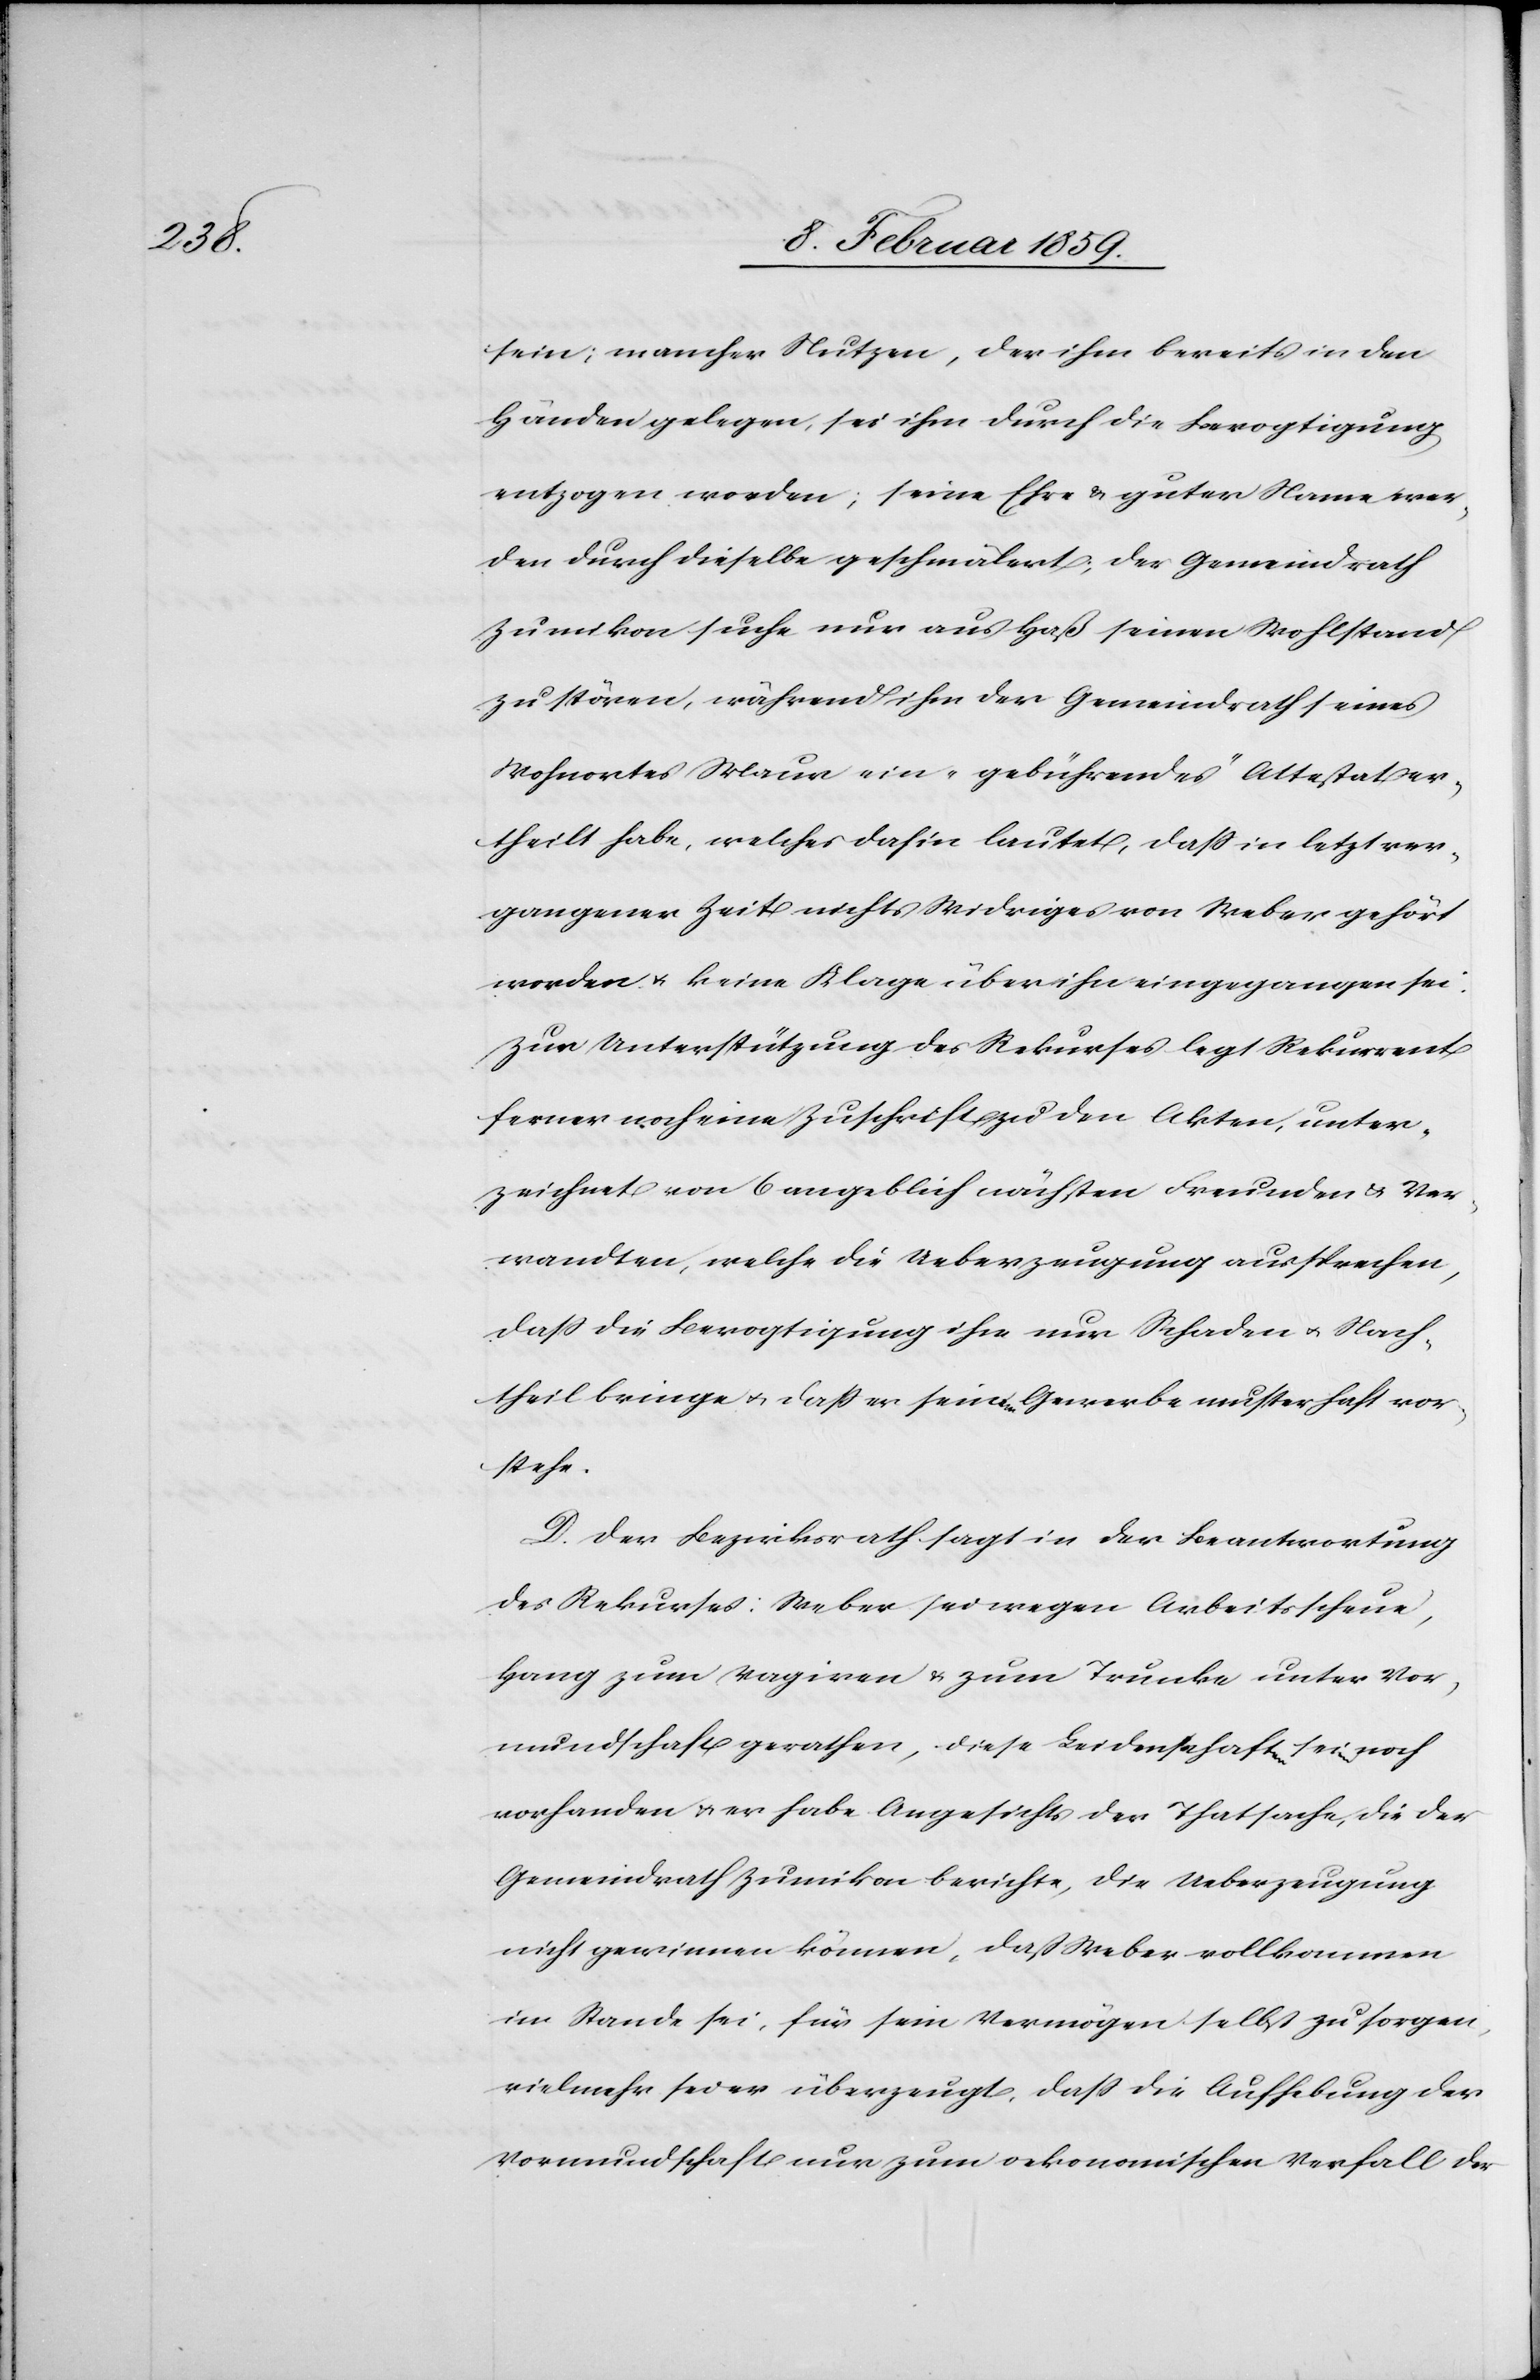
sein; mancher Nutzen, der ihm bereits in den
Händen gelegen, sei ihm durch die Bevogtigung
entzogen worden; seine Ehre u. guter Name wer¬
den durch dieselbe geschmälert; der Gemeindrath
Zumikon suche nur aus Haß seinen Wohlstand
zu stören, während ihm der Gemeindrath seines
Wohnortes Maur ein „gebührendes“ Attestat er¬
theilt habe, welches dahin lautet, daß in letzt ver¬
gangener Zeit nichts Widriges von Weber gehört
worden u. keine Klage über ihn eingegangen sei.
Zur Unterstützung des Rekurses legt Rekurrent
ferner noch eine Zuschrift zu den Akten, unter¬
zeichnet von 6 angeblich nächsten Freunden u. Ver¬
wandten, welche die Ueberzeugung aussprechen,
daß die Bevogtigung ihm nur Schaden u. Nach¬
theil bringe u. daß er seinem Gewerbe musterhaft vor¬
stehe.
D. Der Bezirksrath sagt in der Beantwortung
des Rekurses: Weber sei wegen Arbeitsscheue,
Hang zum Vagiren u. zum Trunke unter Vor¬
mundschaft gerathen; diese Leidenschaften seien noch
vorhanden u. er habe Angesichts der Thatsache, die der
Gemeindrath Zumikon berichte, die Ueberzeugung
nicht gewinnen können, daß Weber vollkommen
im Stande sei, für sein Vermögen selbst zu sorgen,
vielmehr sei er überzeugt, daß die Aufhebung der
Vormundschaft nur zum oekonomischen Verfall der